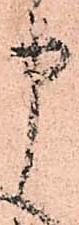
申